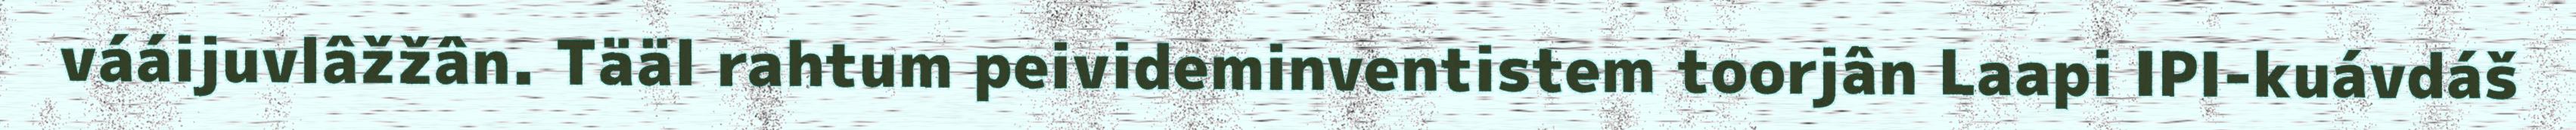
vááijuvlâžžân. Tääl rahtum peivideminventistem toorjân Laapi IPI-kuávdáš